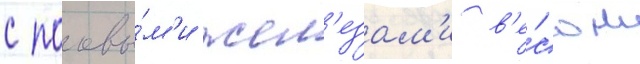
с половы́м'и жел'езам'и в'е́сом